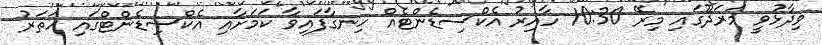
ވިދާޅުވީ މަރަދޫގައި މިރޭ 10:30 ހާއިރު އެކްސިޑެންޓެއް ހިނގާފައިވާ ކަމަށާއި އެކްސިޑެންޓްގައި ހަތަރު